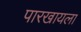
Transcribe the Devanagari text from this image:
पारखायला